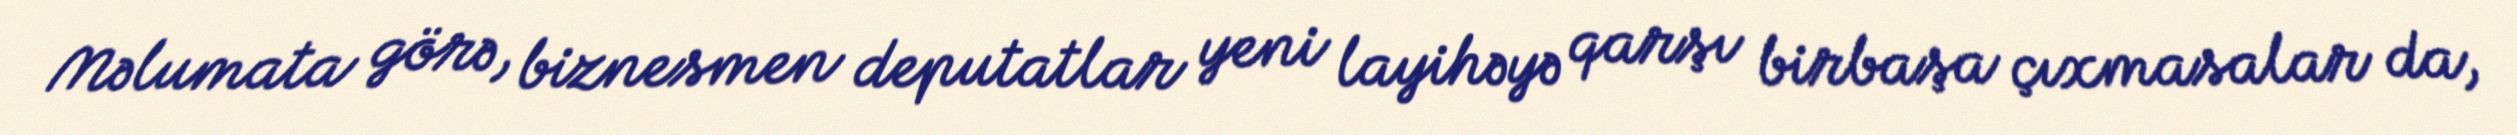
Məlumata görə, biznesmen deputatlar yeni layihəyə qarşı birbaşa çıxmasalar da,